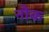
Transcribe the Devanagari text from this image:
नौक